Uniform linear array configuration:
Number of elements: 16
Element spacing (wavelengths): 0.25
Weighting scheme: blackman
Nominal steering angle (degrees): -45
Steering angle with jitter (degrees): -46.094
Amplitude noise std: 0.05
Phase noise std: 0.05

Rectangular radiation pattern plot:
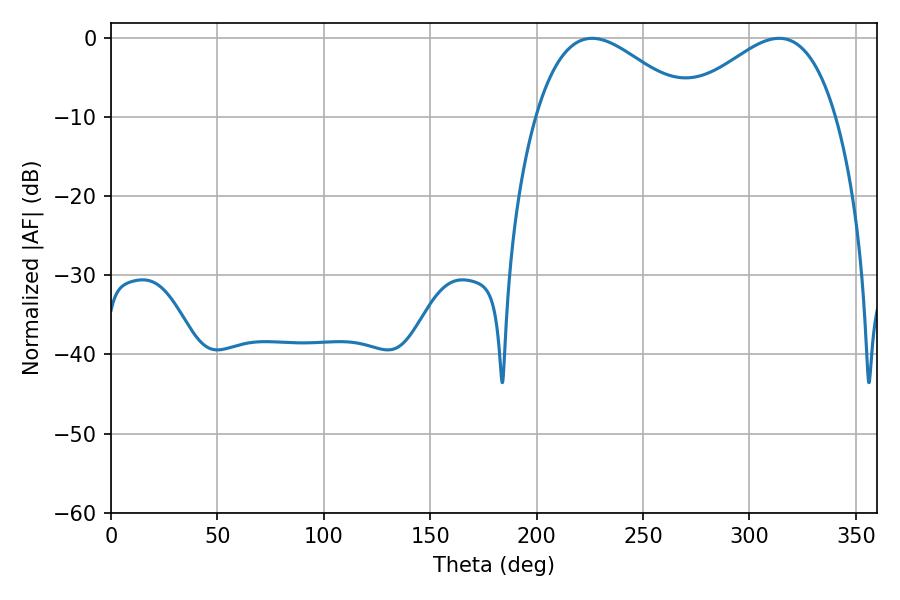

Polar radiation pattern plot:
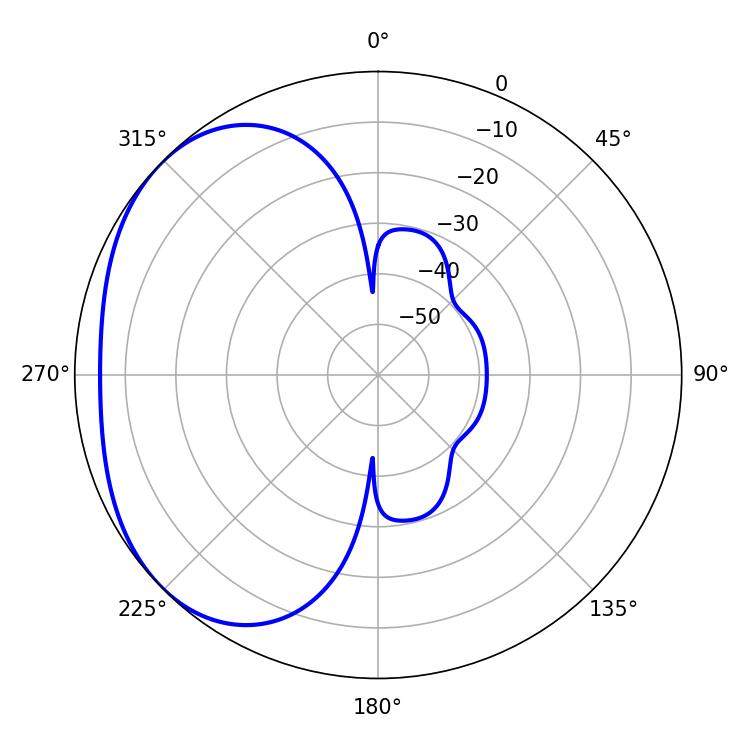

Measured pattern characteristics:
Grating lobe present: FALSE
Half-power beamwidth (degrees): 39.6
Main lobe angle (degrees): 226.08